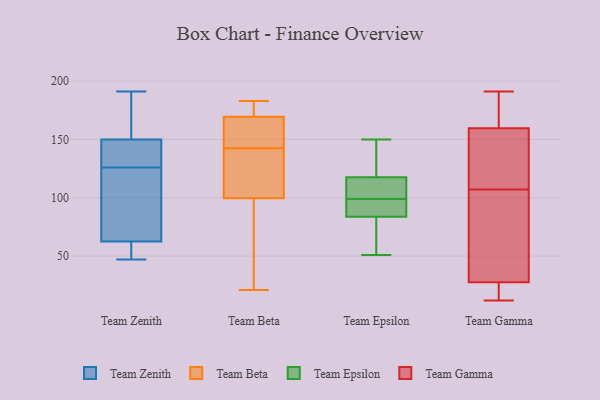
{"axis": {"x": "Net Income (USD K)", "y": "Value"}, "legend": ["Team Beta", "Team Epsilon", "Team Gamma", "Team Zenith"], "data": [{"x": "", "y": 132, "type": "Team Zenith"}, {"x": "", "y": 120, "type": "Team Zenith"}, {"x": "", "y": 71, "type": "Team Zenith"}, {"x": "", "y": 146, "type": "Team Zenith"}, {"x": "", "y": 47, "type": "Team Zenith"}, {"x": "", "y": 191, "type": "Team Zenith"}, {"x": "", "y": 51, "type": "Team Zenith"}, {"x": "", "y": 154, "type": "Team Zenith"}, {"x": "", "y": 143, "type": "Team Zenith"}, {"x": "", "y": 119, "type": "Team Zenith"}, {"x": "", "y": 54, "type": "Team Zenith"}, {"x": "", "y": 162, "type": "Team Zenith"}, {"x": "", "y": 168, "type": "Team Beta"}, {"x": "", "y": 104, "type": "Team Beta"}, {"x": "", "y": 33, "type": "Team Beta"}, {"x": "", "y": 142, "type": "Team Beta"}, {"x": "", "y": 175, "type": "Team Beta"}, {"x": "", "y": 183, "type": "Team Beta"}, {"x": "", "y": 170, "type": "Team Beta"}, {"x": "", "y": 21, "type": "Team Beta"}, {"x": "", "y": 115, "type": "Team Beta"}, {"x": "", "y": 48, "type": "Team Beta"}, {"x": "", "y": 103, "type": "Team Beta"}, {"x": "", "y": 96, "type": "Team Beta"}, {"x": "", "y": 178, "type": "Team Beta"}, {"x": "", "y": 143, "type": "Team Beta"}, {"x": "", "y": 169, "type": "Team Beta"}, {"x": "", "y": 153, "type": "Team Beta"}, {"x": "", "y": 57, "type": "Team Epsilon"}, {"x": "", "y": 71, "type": "Team Epsilon"}, {"x": "", "y": 117, "type": "Team Epsilon"}, {"x": "", "y": 111, "type": "Team Epsilon"}, {"x": "", "y": 119, "type": "Team Epsilon"}, {"x": "", "y": 88, "type": "Team Epsilon"}, {"x": "", "y": 95, "type": "Team Epsilon"}, {"x": "", "y": 51, "type": "Team Epsilon"}, {"x": "", "y": 99, "type": "Team Epsilon"}, {"x": "", "y": 91, "type": "Team Epsilon"}, {"x": "", "y": 132, "type": "Team Epsilon"}, {"x": "", "y": 150, "type": "Team Epsilon"}, {"x": "", "y": 101, "type": "Team Epsilon"}, {"x": "", "y": 22, "type": "Team Gamma"}, {"x": "", "y": 158, "type": "Team Gamma"}, {"x": "", "y": 161, "type": "Team Gamma"}, {"x": "", "y": 166, "type": "Team Gamma"}, {"x": "", "y": 139, "type": "Team Gamma"}, {"x": "", "y": 12, "type": "Team Gamma"}, {"x": "", "y": 13, "type": "Team Gamma"}, {"x": "", "y": 191, "type": "Team Gamma"}, {"x": "", "y": 155, "type": "Team Gamma"}, {"x": "", "y": 20, "type": "Team Gamma"}, {"x": "", "y": 90, "type": "Team Gamma"}, {"x": "", "y": 68, "type": "Team Gamma"}, {"x": "", "y": 167, "type": "Team Gamma"}, {"x": "", "y": 124, "type": "Team Gamma"}, {"x": "", "y": 77, "type": "Team Gamma"}, {"x": "", "y": 33, "type": "Team Gamma"}]}